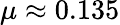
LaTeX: \mu\approx 0.135